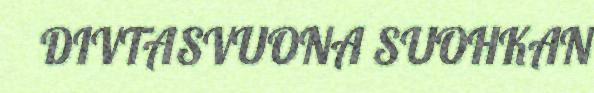
DIVTASVUONA SUOHKAN